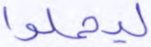
ليحملوا